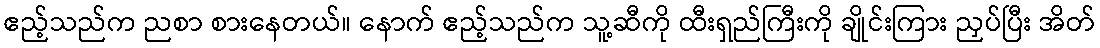
ဧည့်သည်က ညစာ စားနေတယ်။ နောက် ဧည့်သည်က သူ့ဆီကို ထီးရှည်ကြီးကို ချိုင်းကြား ညှပ်ပြီး အိတ်